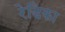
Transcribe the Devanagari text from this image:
रेडिका